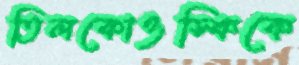
তিলকোওস্কিকে